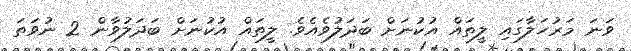
ވަނަ މަރުހަލާގައި ލީތައް އުކުނަށް ބަދަލުވެއެވެ. ލީތައް އުކުނަށް ބަދަލުވާން 2 ނުވަތަ